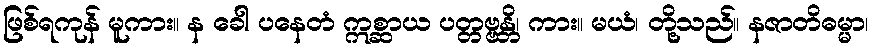
ဖြစ်ရကုန် မူကား။ န ခေါ ပနေတံ ဣစ္ဆာယ ပတ္တဗ္ဗန္တိ၊ ကား။ မယံ၊ တို့သည်။ နဇာတိဓမ္မာ၊